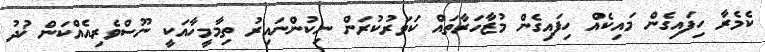
ކެމެރާ ހިފައިގެން މައިކެއް ހިފައިގެން މުޒާހަރާތައް ކަވަރުކުރަން ނިކުންނައިރު ތިމާމީހާއަކީ ނޫސްވެރިއެއްކަން ޚުދު